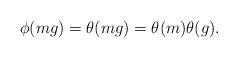
LaTeX: \begin{align*}\phi(mg)=\theta(mg)=\theta(m)\theta(g).\end{align*}